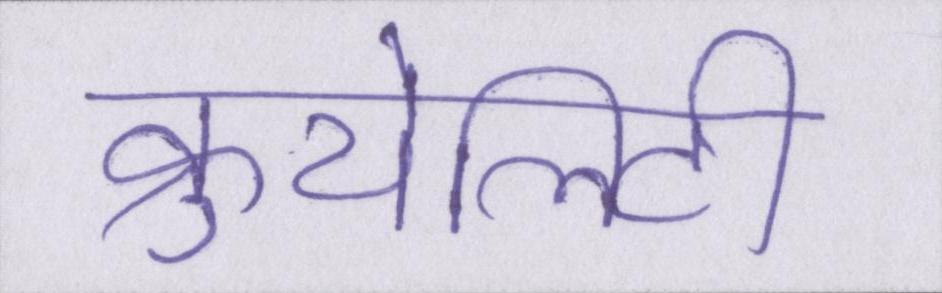
क्रुयेलिटी